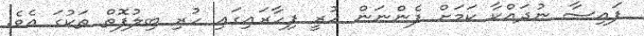
ފައިސާ ނުދައްކާ ކަމަށް ފެންނަން ހުރީ ފިހާރައިގައި ހުރި ބިލުފޮތް ތަކުގަ އެވެ.